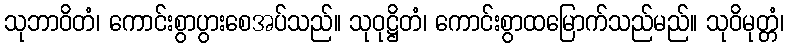
သုဘာဝိတံ၊ ကောင်းစွာပွားစေအပ်သည်။ သုဝုဋ္ဌိတံ၊ ကောင်းစွာထမြောက်သည်မည်။ သုဝိမုတ္တံ၊